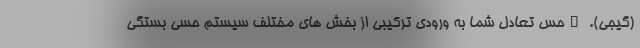
(گیجی). _حس تعادل شما به ورودی ترکیبی از بخش های مختلف سیستم حسی بستگی